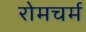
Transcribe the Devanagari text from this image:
रोमचर्म